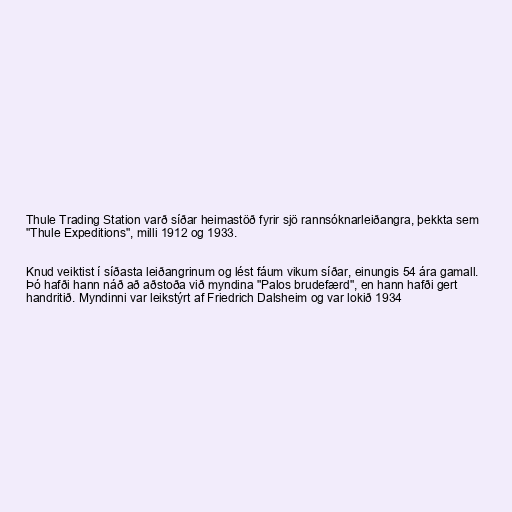
Thule Trading Station varð síðar heimastöð fyrir sjö rannsóknarleiðangra, þekkta sem
"Thule Expeditions", milli 1912 og 1933.

Knud veiktist í síðasta leiðangrinum og lést fáum vikum síðar, einungis 54 ára gamall.
Þó hafði hann náð að aðstoða við myndina "Palos brudefærd", en hann hafði gert
handritið. Myndinni var leikstýrt af Friedrich Dalsheim og var lokið 1934